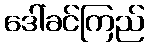
ဒေါ်ခင်ကြည်